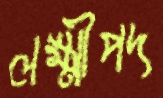
লক্ষ্মীপদ